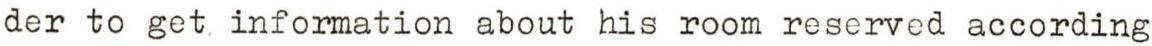
der to get, information about his room reserved according